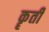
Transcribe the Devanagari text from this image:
कॄती